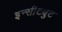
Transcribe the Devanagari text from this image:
इन्सीट्युट